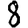
Digit: 8